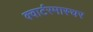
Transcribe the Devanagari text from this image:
क्वार्टरमास्चर